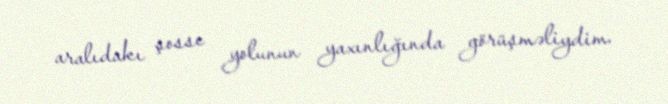
aralıdakı şosse yolunun yaxınlığında görüşməliydim.